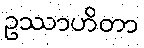
ဥဿာဟိတာ